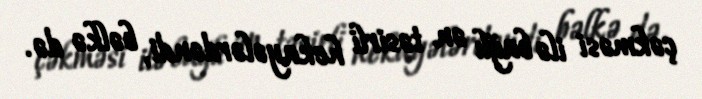
çəkməsi ilə bağlı ən təsirli hekayələrdəndi, bəlkə də.